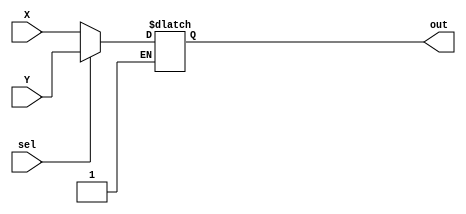
`timescale 1ns / 1ps
//////////////////////////////////////////////////////////////////////////////////
// Company: 
// Engineer: 
// 
// Design Name: 
// Module Name: Mux16=
// Project Name: 
// Target Devices: 
// Tool Versions: 
// Description: 
// 
// Dependencies: 
// 
// Revision:
// Revision 0.01 - File Created
// Additional Comments:
// 
//////////////////////////////////////////////////////////////////////////////////


module Mux16(X,Y,sel, out);
input[15:0] X,Y;
input sel;
output reg[15:0] out;
always @(*)
begin
if(sel) out = Y;
else
begin
 if(!sel) out = X;
end
end
endmodule